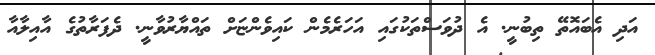
އަދި އެބައޮތޭ ތިބުނީ. އެ ދުވަސްތަކުގައި އަހަރެމެން ކައިވެންޏަށް ތައްޔާރުވާނީ. ދެފަރާތުގެ އާއިލާއާ